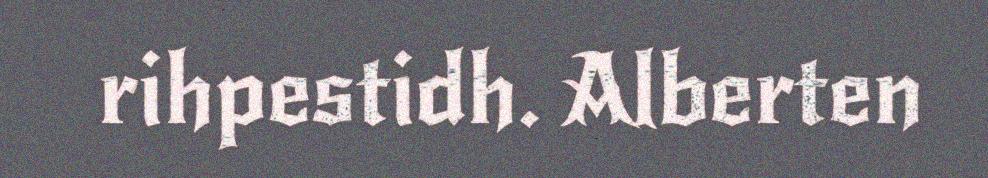
rihpestidh. Alberten